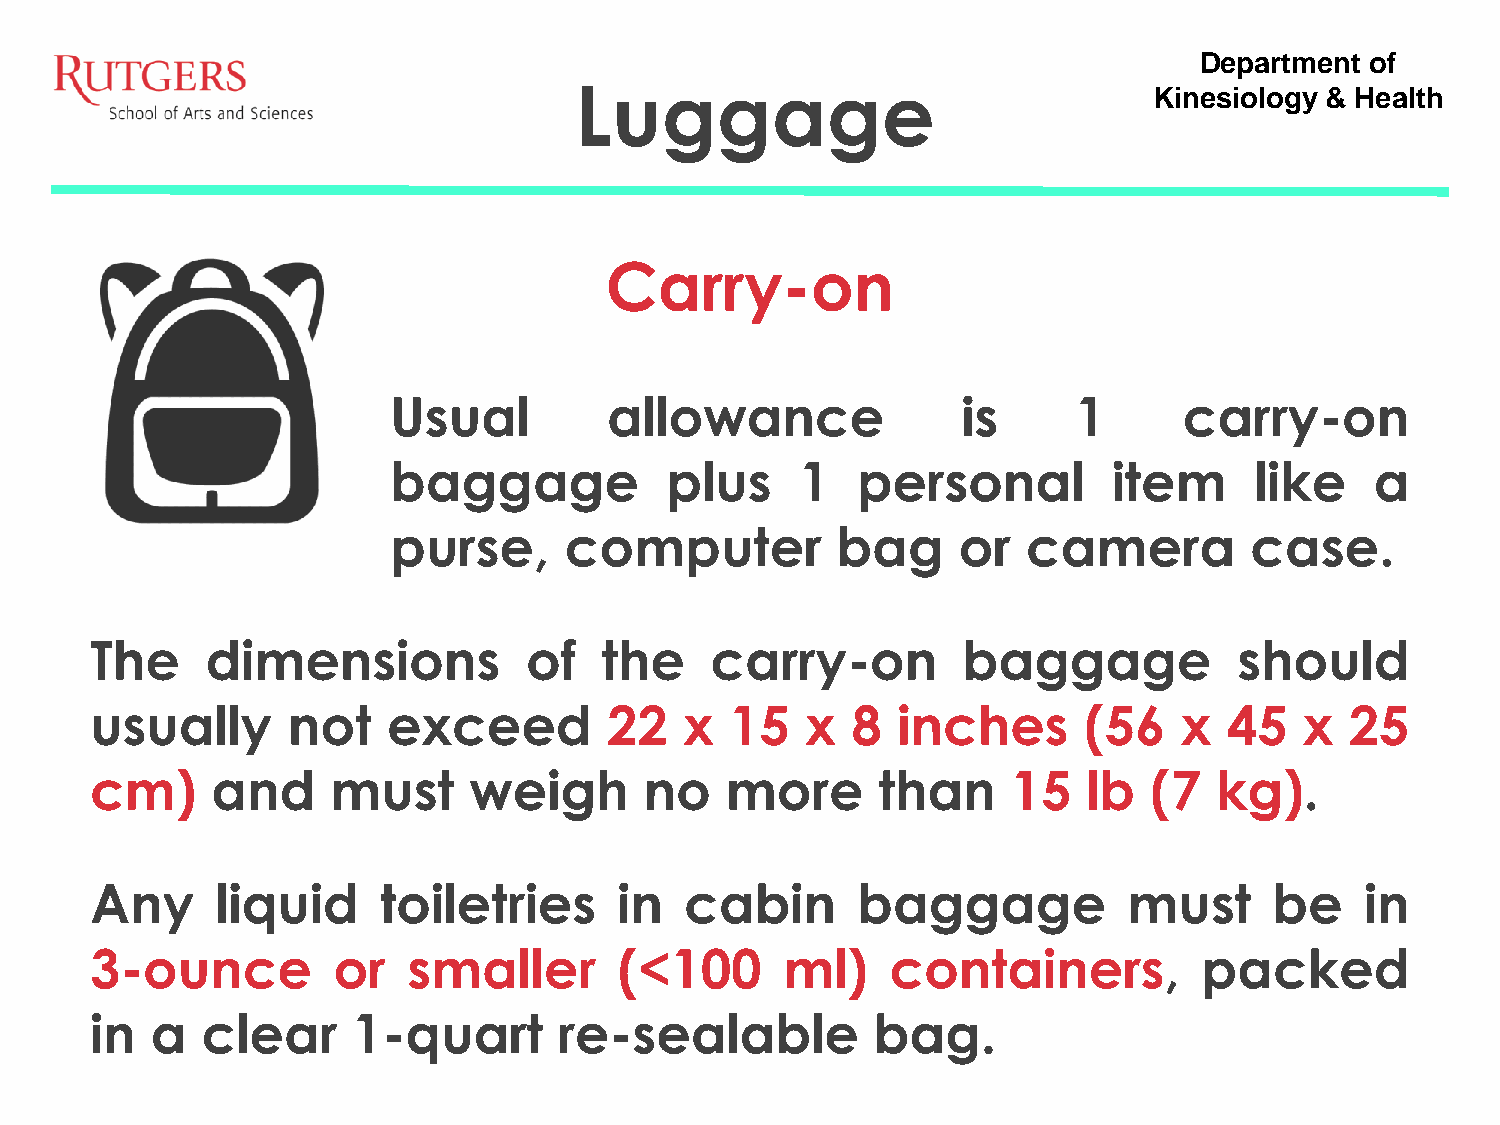
Department  of
 Luggage                               Kinesiology & Health
 Carry-on
 Usual         allowance               is     1      carry-on
 baggage           plus     1   personal         item     like    a
 purse,     computer          bag     or   camera         case.
 The     dimensions           of   the    carry-on         baggage           should
 usually      not    exceed        22   x  15   x  8  inches       (56   x  45   x  25
 cm)     and     must     weigh       no   more      than     15   lb  (7   kg).
 Any     liquid     toiletries      in  cabin       baggage           must     be    in
 3-ounce         or   smaller       (<100      ml)    containers,          packed
 in  a  clear     1-quart       re-sealable          bag.